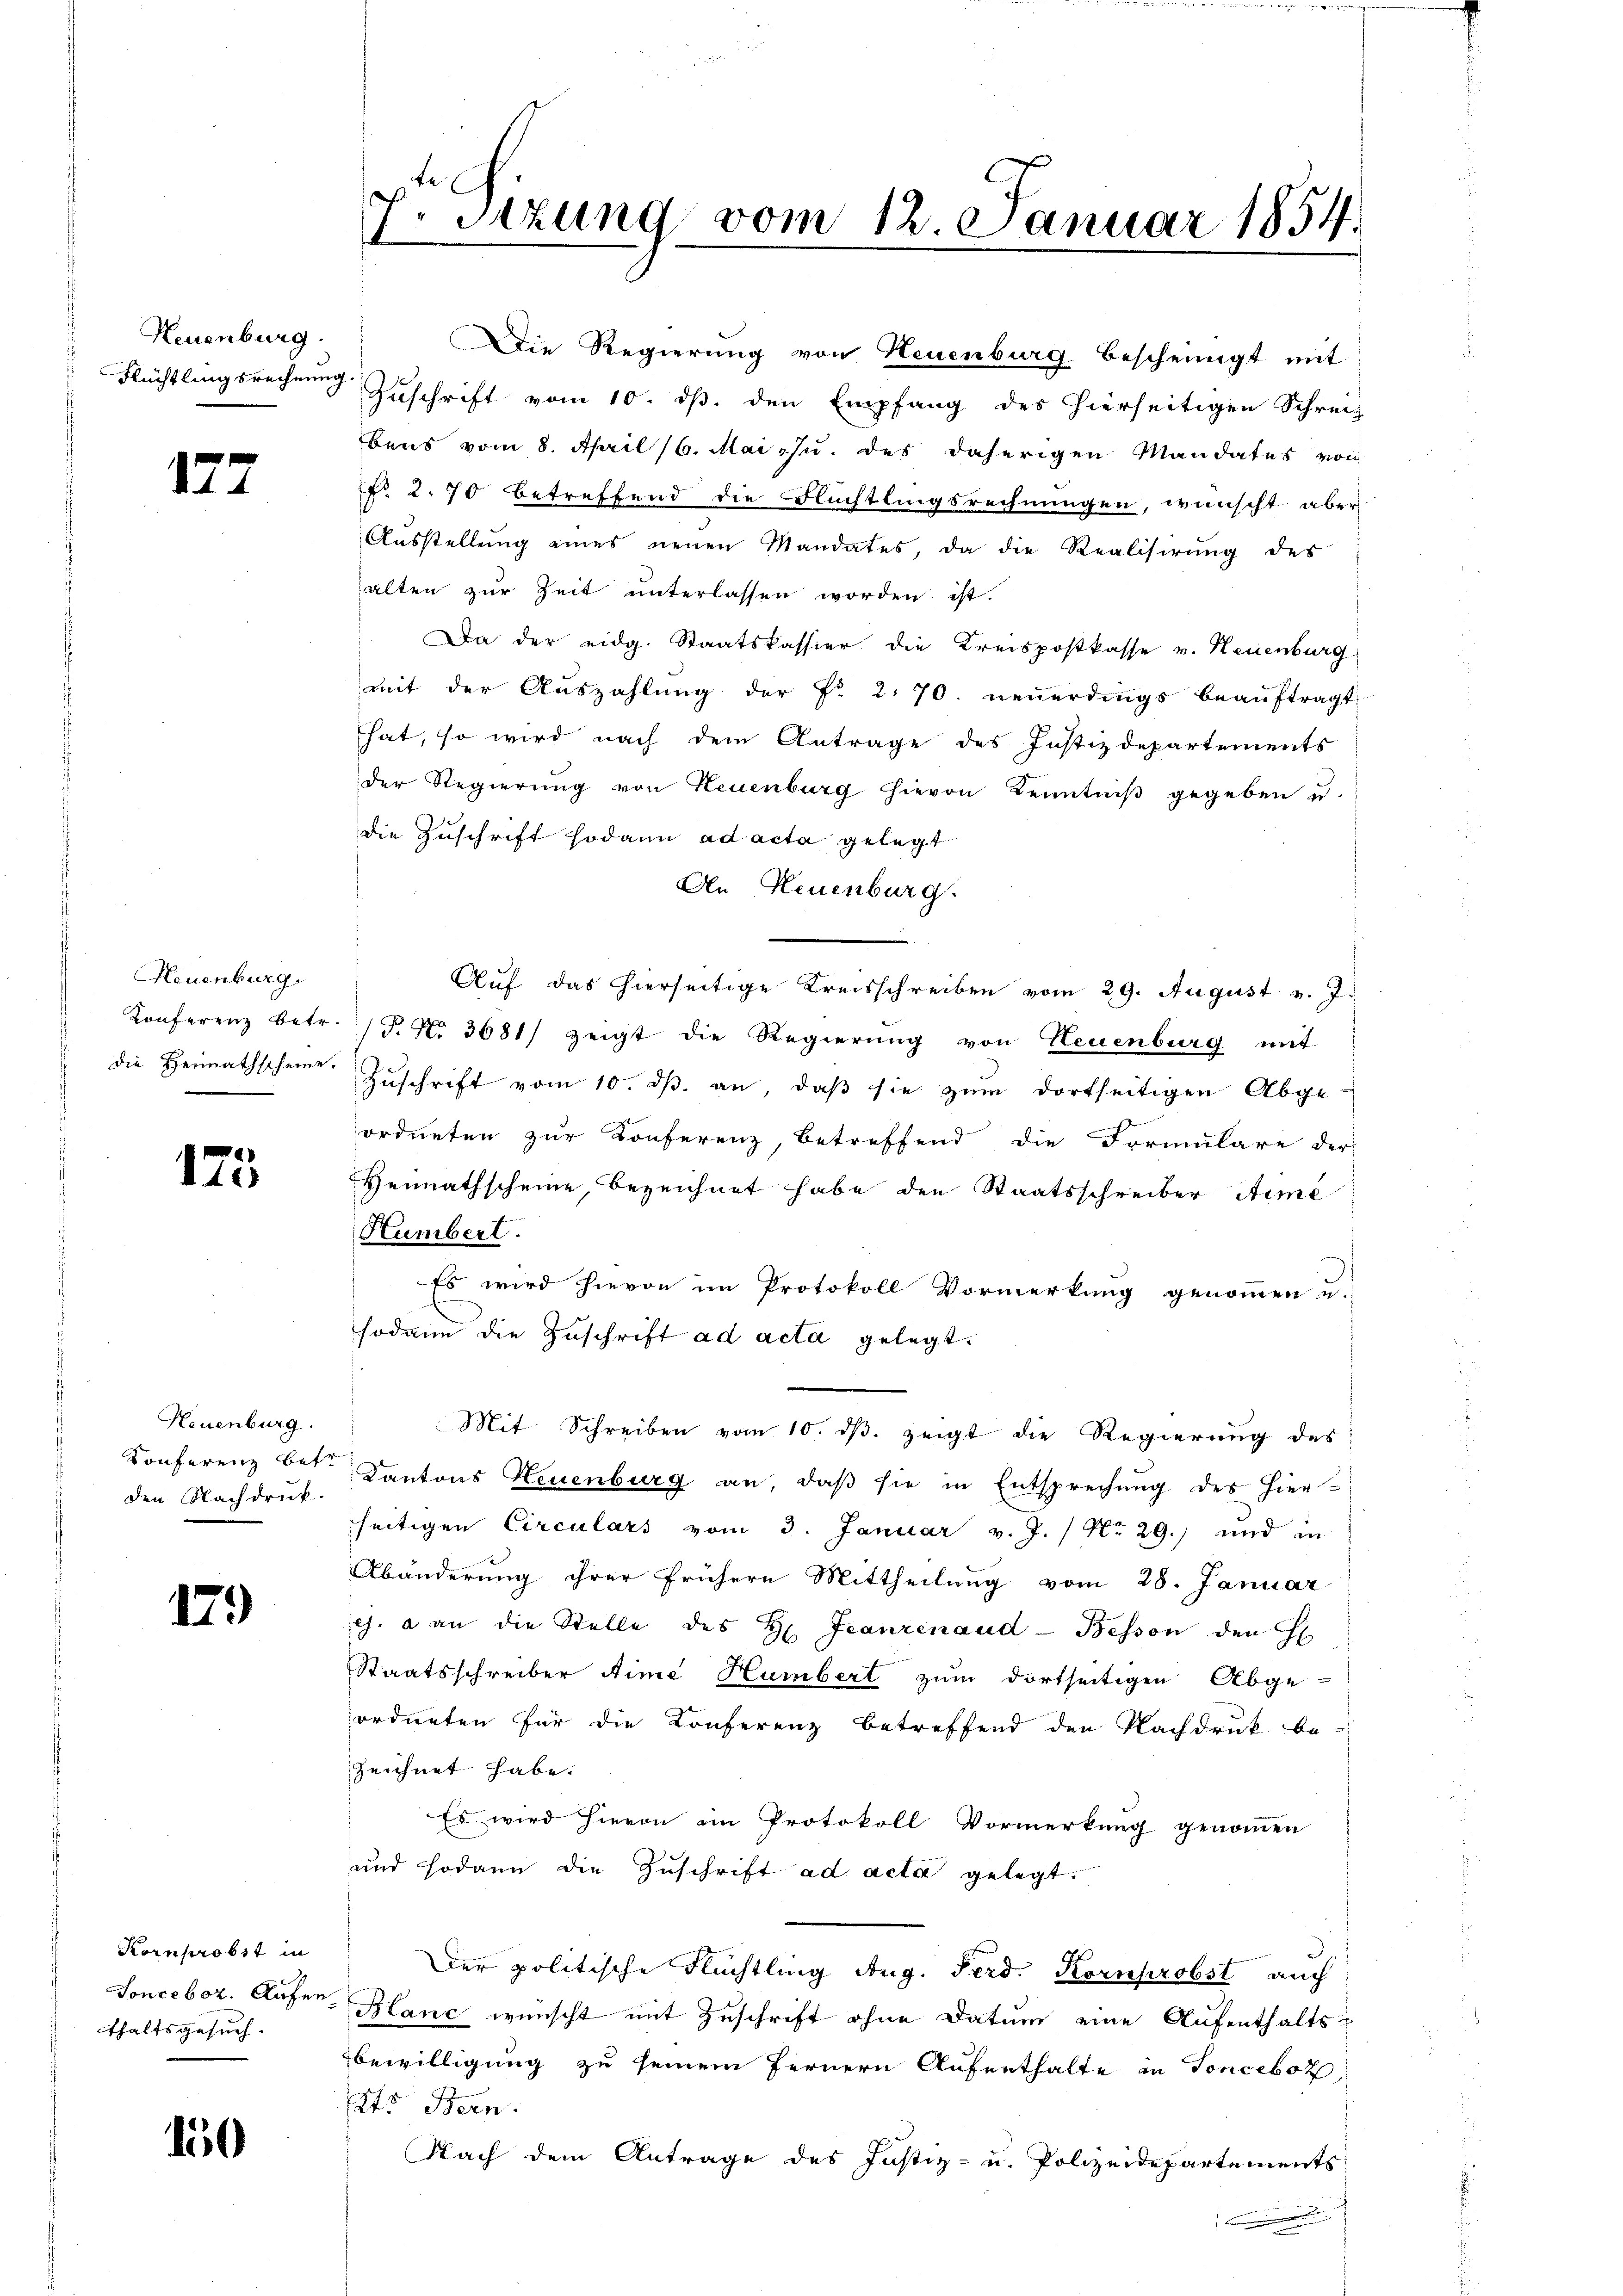
Neuenburg.

127

Neuenburg.

175

Neuenburg.
den Nachdruck.

179

Kornprobst in
Sonceboz. Aufen
thaltsgesuch.

150

Sizung vom 12. Januar 1854.
1

Die Regierung von Neuenburg bescheinigt mit
Flüchtlingsrechnung Zuschrift vom 10. ds. den Empfang des hierseitigen Schreiz
bens vom 8. April (6. Mai. u. des daherigen Mandates von
NNo. 2. 70 betreffend die Flüchtlingsrechnungen, wünscht aber
Ausstellung eines neuen Mandates, da die Realisirung des
alten zŭr Zeit ŭnterlassen worden ist.
Da der eidg. Staatskassier die Kreispostkasse v. Neuenburg
mit der Aŭszahlŭng der Fr. 2. 70. neŭerdings beaŭftragt.
hat, so wird nach dem Antrage des Justizdepartements
der Regierŭng von Neuenburg hievon Kenntniβ gegeben u.
die Zuschrift sodann ad acta gelegt
An Neuenburg.
Auf das hierseitige Kreisschreiben vom 29. August v. J.
Konferenz betr. P. Nr. 3681) zeigt die Regierung von Neuenburg mit
die Heimathscheine Zŭschrift vom 10. dβ. an, daβ sie zŭm dortseitigen Abge-
ordneten zur Konferenz, betreffend die Formulare der
Heimathscheine, bezeichnet habe den Staatsschreiber Aimé
Humber.
Es wird hievon im Protokoll Vormerkung genommen u.
sodann die Zuschrift ad acta gelegt.
Mit Schreiben vom 10. dβ zeigt die Regierung des
Konferenz betr. Kantons Neuenburg an, daβ sie in Entsprechŭng des hier-
seitigen Circulars vom 3. Januar v. J. / No 29) und in
Abänderung ihrer frühere Mittheilung vom 28. Januar
ch. u an die Stelle des H. Franzenaud-Besson den H
Staatsschreiber Aime Humbert zum dortseitigen Abge-
ordneten für die Konferenz betreffend den Nachdruk be-
zeichnet habe.
Es wird hievon im Protokoll Vormerkung genommen
und sodann die Zuschrift ad acta gelegt.
Der politische Flüchtling Aug. Ferd. Kornprobst, auch
Blanc wünscht mit Zuschrift ohne Datum eine Aufenthalts-
bewilligung zu seinem fernern Aufenthalte in Tonceboz,
ats Bern.
Nach dem Antrage des Justiz- u. Polizeidepartements
.